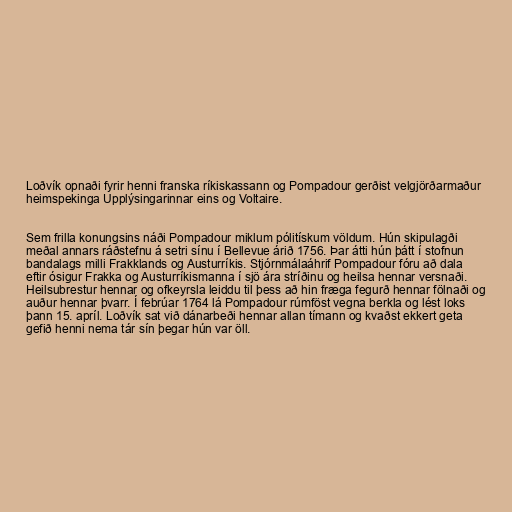
Loðvík opnaði fyrir henni franska ríkiskassann og Pompadour gerðist velgjörðarmaður
heimspekinga Upplýsingarinnar eins og Voltaire.

Sem frilla konungsins náði Pompadour miklum pólitískum völdum. Hún skipulagði
meðal annars ráðstefnu á setri sínu í Bellevue árið 1756. Þar átti hún þátt í stofnun
bandalags milli Frakklands og Austurríkis. Stjórnmálaáhrif Pompadour fóru að dala
eftir ósigur Frakka og Austurríkismanna í sjö ára stríðinu og heilsa hennar versnaði.
Heilsubrestur hennar og ofkeyrsla leiddu til þess að hin fræga fegurð hennar fölnaði og
auður hennar þvarr. Í febrúar 1764 lá Pompadour rúmföst vegna berkla og lést loks
þann 15. apríl. Loðvík sat við dánarbeði hennar allan tímann og kvaðst ekkert geta
gefið henni nema tár sín þegar hún var öll.